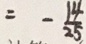
= - \frac { 1 4 } { 2 5 }